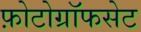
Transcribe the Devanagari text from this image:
फ़ोटोग्रॉफसेट